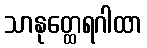
သာနုတ္ထေရဂါထာ